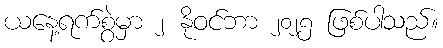
ယနေ့ရက်စွဲမှာ ၂ နိုဝင်ဘာ ၂၀၂၅ ဖြစ်ပါသည်။